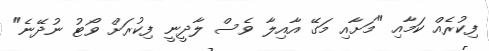
ފިކުރެއް ކަމާއި "މަށާއި މަގޭ އާއިލާ ވެސް ލާދީނީ ފިކުރަށް ވޯޓު ނުދޭނެ"